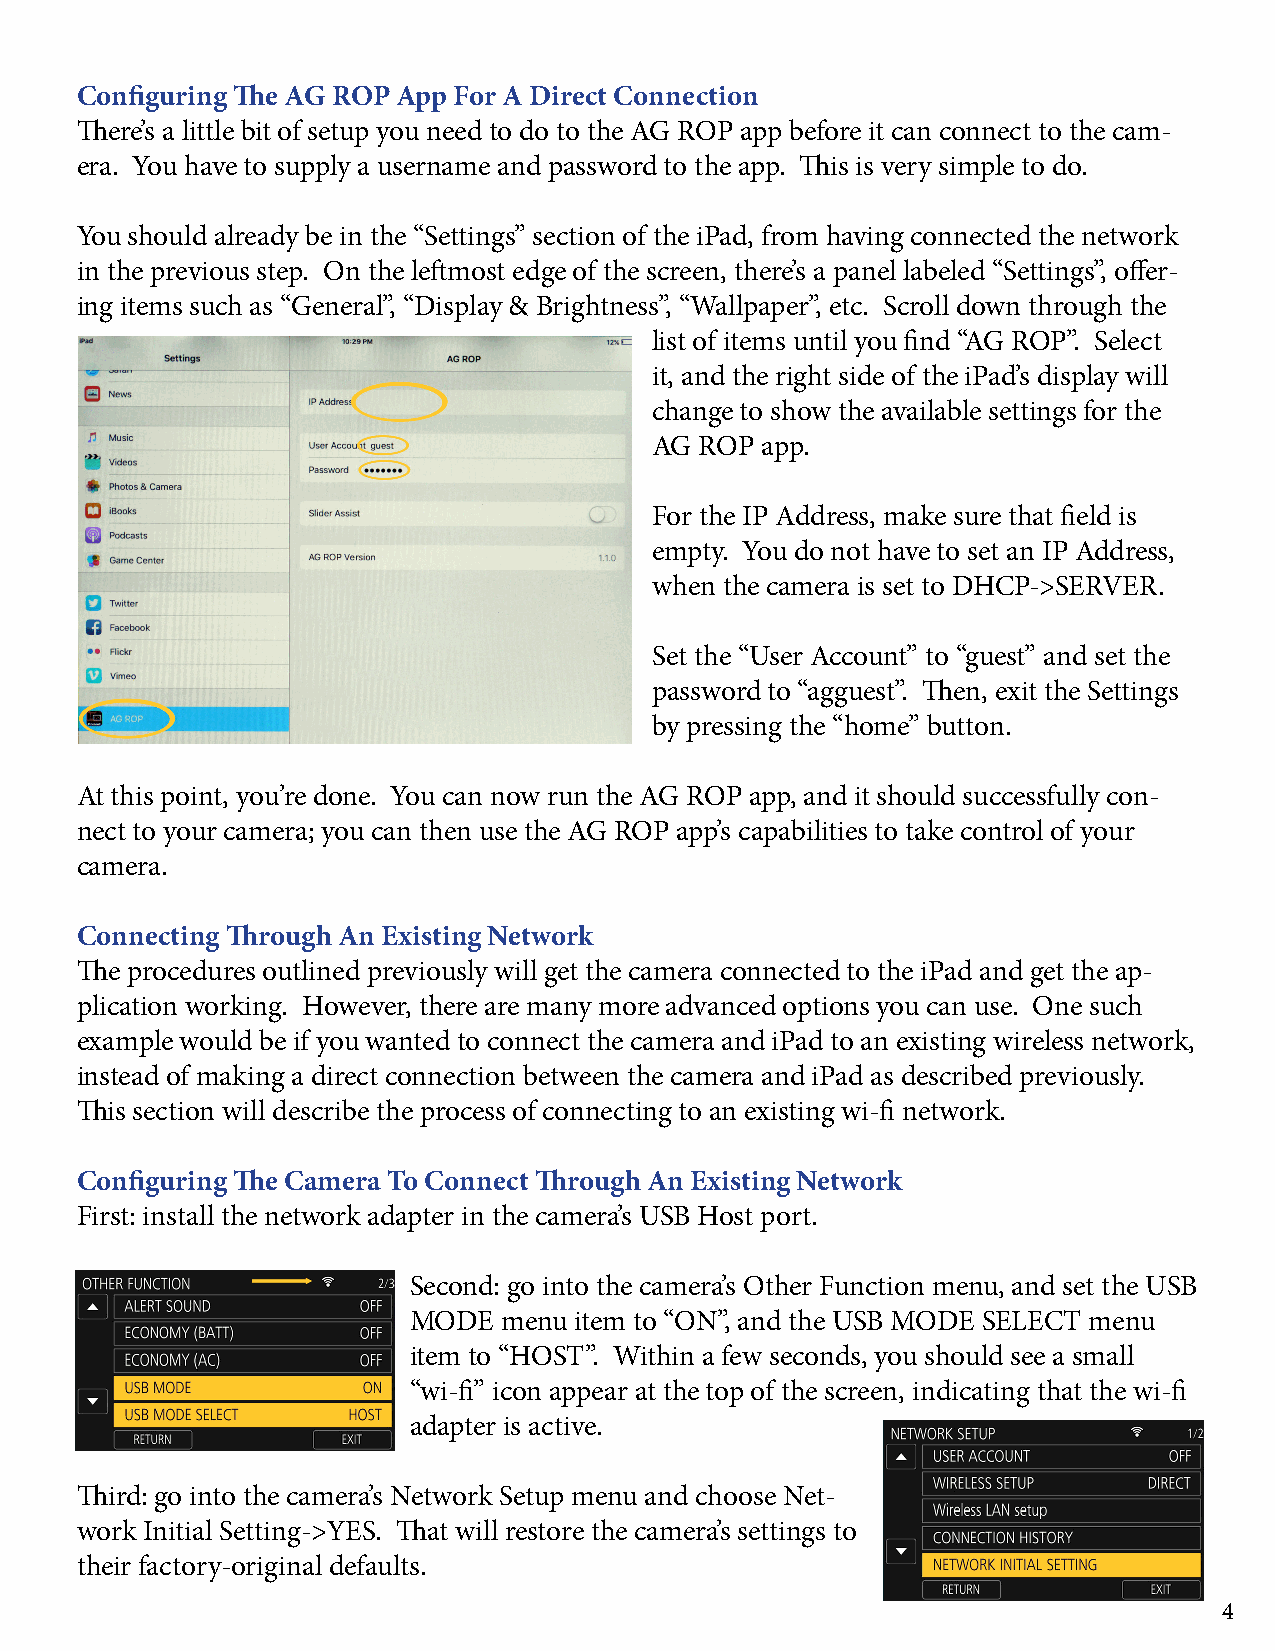
Configuring The AG ROP App For A Direct Connection
 There’s a little bit of setup you need to do to the AG ROP app before it can connect to the cam-
 era. You have to supply a username and password to the app. This is very simple to do.
 You should already be in the “Settings” section of the iPad, from having connected the network
 in the previous step. On the leftmost edge of the screen, there’s a panel labeled “Settings”, offer-
 ing items such as “General”, “Display & Brightness”, “Wallpaper”, etc. Scroll down through the
 list of items until you find “AG ROP”. Select
 it, and the right side of the iPad’s display will
 change to show the available settings for the
 AG ROP app.
 For the IP Address, make sure that field is
 empty. You do not have to set an IP Address,
 when the camera is set to DHCP->SERVER.
 Set the “User Account” to “guest” and set the
 password to “agguest”. Then, exit the Settings
 by pressing the “home” button.
 At this point, you’re done. You can now run the AG ROP app, and it should successfully con-
 nect to your camera; you can then use the AG ROP app’s capabilities to take control of your
 camera.
 Connecting Through An Existing Network
 The procedures outlined previously will get the camera connected to the iPad and get the ap-
 plication working. However, there are many more advanced options you can use. One such
 example would be if you wanted to connect the camera and iPad to an existing wireless network,
 instead of making a direct connection between the camera and iPad as described previously.
 This section will describe the process of connecting to an existing wi-fi network.
 Configuring The Camera To Connect Through An Existing Network
 First: install the network adapter in the camera’s USB Host port.
 Second: go into the camera’s Other Function menu, and set the USB
 MODE  menu item to “ON”, and the USB MODE SELECT menu
 item to “HOST”. Within a few seconds, you should see a small
 “wi-fi” icon appear at the top of the screen, indicating that the wi-fi
 adapter is active.
 Third: go into the camera’s Network Setup menu and choose Net-
 work Initial Setting->YES. That will restore the camera’s settings to
 their factory-original defaults.
 4